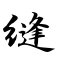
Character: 缝